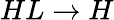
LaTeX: HL\rightarrow H